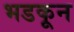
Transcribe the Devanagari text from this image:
भडकून